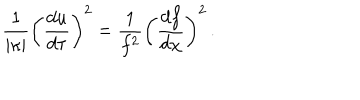
LaTeX: { \frac { 1 } { \vert \kappa \vert } } \left( { \frac { d u } { d \tau } } \right) ^ { 2 } = { \frac { 1 } { f ^ { 2 } } } \left( { \frac { d f } { d \chi } } \right) ^ { 2 } \, .